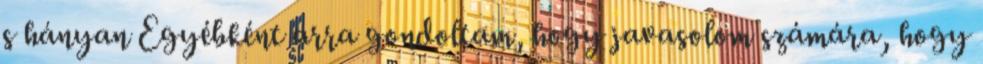
s hányan Egyébként arra gondoltam, hogy javasolom számára, hogy